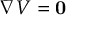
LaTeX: \nabla V = \mathbf { 0 }